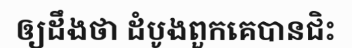
ឲ្យដឹងថា ដំបូងពួកគេបានជិះ